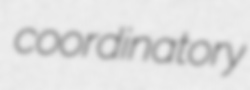
coordinatory